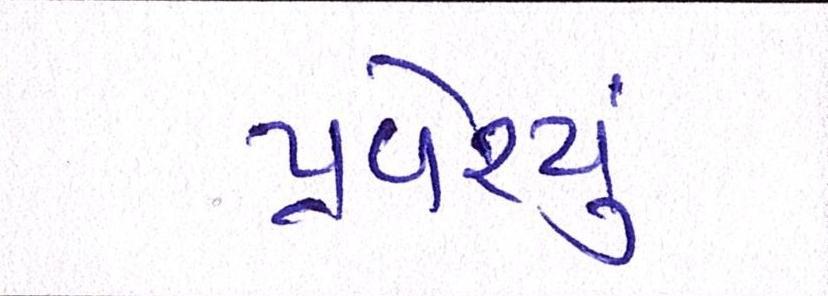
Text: પ્રવેશ્યું